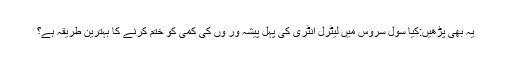
یہ بھی پڑھیں:کیا سول سروس میں لیٹرل انٹری کی پہل پیشہ ور وں کی کمی کو ختم کرنے کا بہترین طریقہ ہے؟